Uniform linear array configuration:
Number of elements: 16
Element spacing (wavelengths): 0.75
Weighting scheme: binomial
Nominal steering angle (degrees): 60
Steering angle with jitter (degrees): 58.729
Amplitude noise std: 0.05
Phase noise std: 0.05

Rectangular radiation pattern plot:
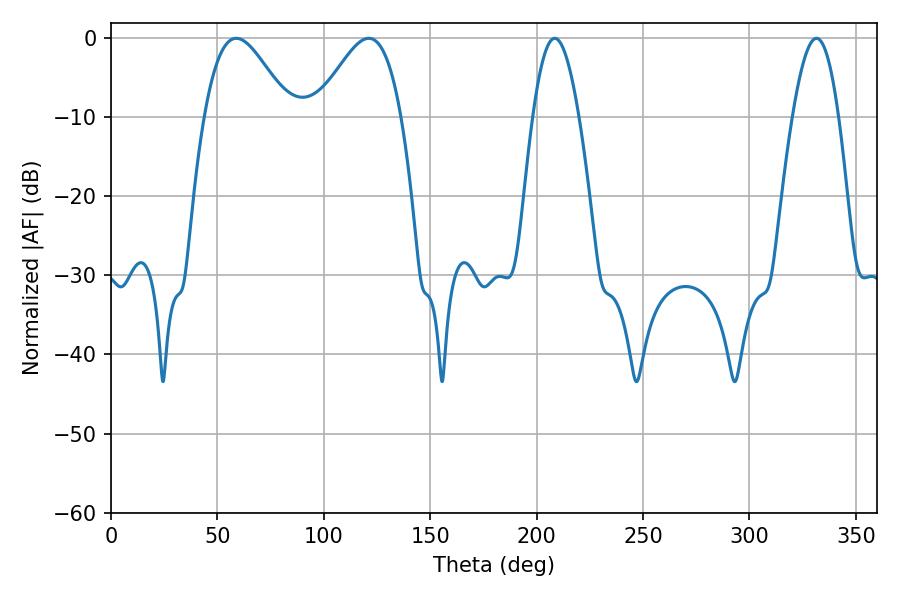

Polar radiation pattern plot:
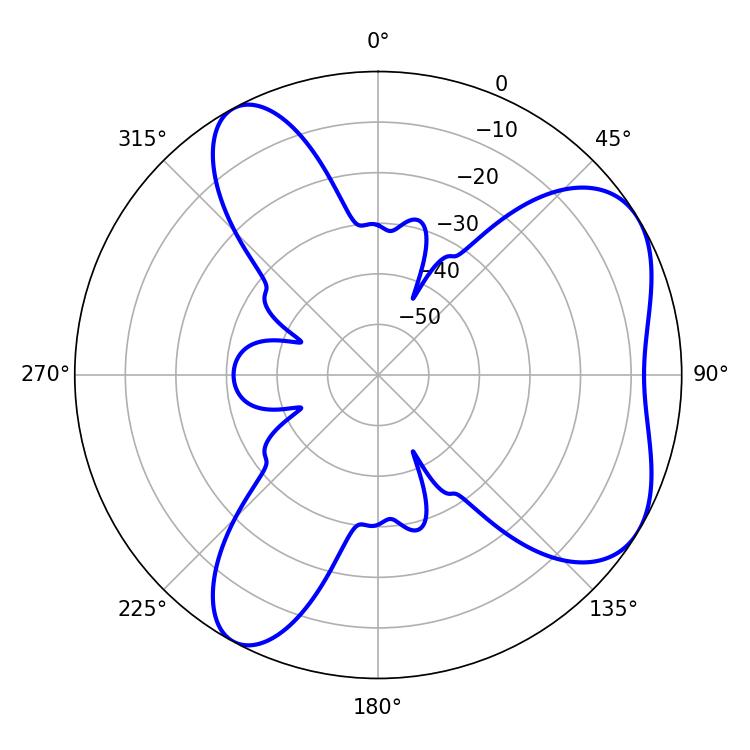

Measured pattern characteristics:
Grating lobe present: TRUE
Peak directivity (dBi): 5.779
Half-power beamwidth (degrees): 21.24
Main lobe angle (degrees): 58.86